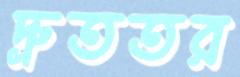
দ্রুততর